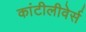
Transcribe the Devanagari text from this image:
कांटीलीवेर्स